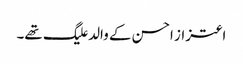
اعتزاز احسن کے والد علیگ تھے۔